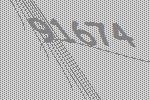
91674